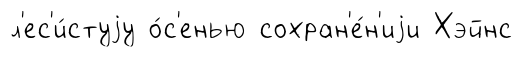
л'ес'и́стуjу о́с'енью сохран'е́н'иjи Хэйнс